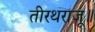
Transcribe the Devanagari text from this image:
तीरथराजू॥